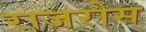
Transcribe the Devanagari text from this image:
राजरोस